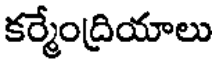
కర్మేంద్రియాలు